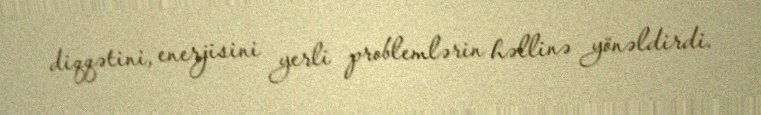
diqqətini, enerjisini yerli problemlərin həllinə yönəldirdi.